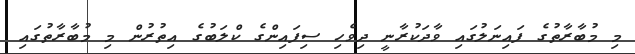
މި މުބާރާތުގެ ފައިނަލުގައި ވާދަކުރާނީ ދިވެހި ސިފައިންގެ ކްލަބުގެ އިތުރުން މި މުބާރާތުގައި